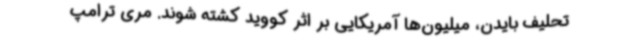
تحلیف بایدن، میلیون‌ها آمریکایی بر اثر کووید کشته شوند. مری ترامپ